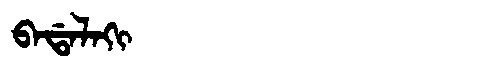
Manchu: ᠪᠠᡩᠠᠯᠠᡴᡳ
Romanization: BADALAKI